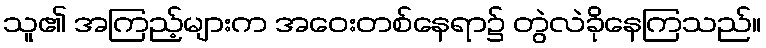
သူ၏ အကြည့်များက အဝေးတစ်နေရာ၌ တွဲလဲခိုနေကြသည်။